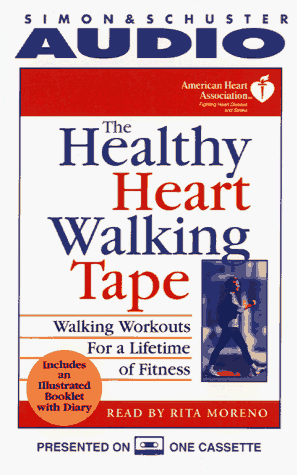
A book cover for The Healthy Heart Walking Tape: Walking Workouts For A Lifetime Of Fitness; American Heart Association; Health, Fitness & Dieting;